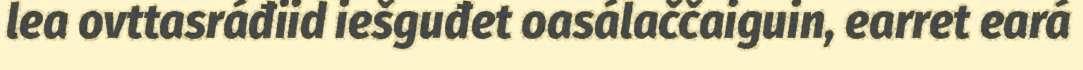
lea ovttasráđiid iešguđet oasálaččaiguin, earret eará